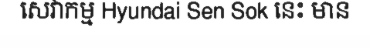
សេវាកម្ម Hyundai Sen Sok នេះ មាន